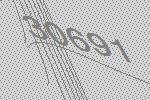
30691